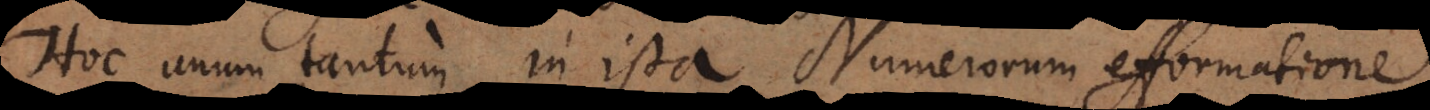
Hoc unum tantum in ista Numerorum efformatione